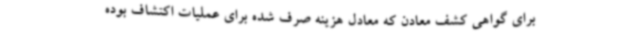
برای گواهی کشف معادن که معادل هزینه صرف شده برای عملیات اکتشاف بوده